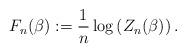
LaTeX: \begin{align*}F_{n}(\beta) : =\frac{1}{n} \log\left(Z_{n}(\beta)\right).\end{align*}